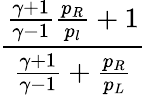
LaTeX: \frac{\frac{\gamma+1}{\gamma-1}\frac{p_{R}}{p_{l}}+1}{\frac{\gamma+1}{\gamma-1}+\frac{p_{R}}{p_{L}}}